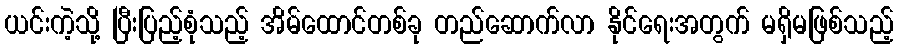
ယင်းကဲ့သို့ ပြီးပြည့်စုံသည့် အိမ်ထောင်တစ်ခု တည်ဆောက်လာ နိုင်ရေးအတွက် မရှိမဖြစ်သည့်